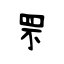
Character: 罘